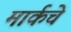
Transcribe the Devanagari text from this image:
मार्कचे